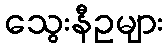
သွေးနီဥများ